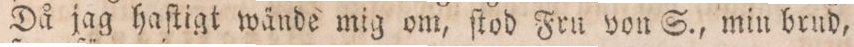
Då jag haſtigt wände mig om, ſtod Fru von S., min brud,